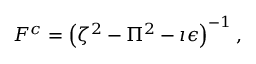
{ \cal F } ^ { c } = \left( \zeta ^ { 2 } - \Pi ^ { 2 } - \imath \epsilon \right) ^ { - 1 } ,